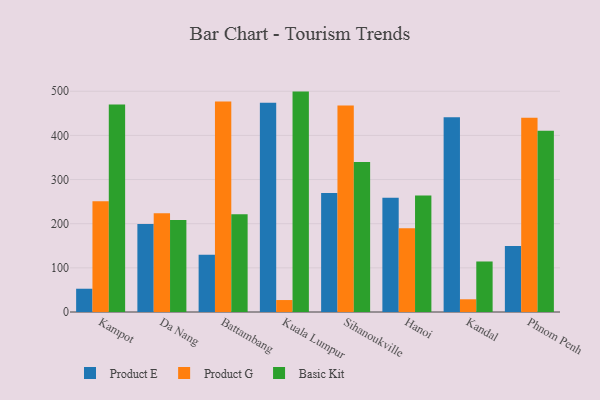
{"axis": {"x": "City", "y": "Customer Acquisition Cost (USD)"}, "legend": ["Basic Kit", "Product E", "Product G"], "data": [{"x": "Kampot", "y": 52.7, "type": "Product E"}, {"x": "Kampot", "y": 250.8, "type": "Product G"}, {"x": "Kampot", "y": 470.1, "type": "Basic Kit"}, {"x": "Da Nang", "y": 199.6, "type": "Product E"}, {"x": "Da Nang", "y": 223.8, "type": "Product G"}, {"x": "Da Nang", "y": 208.2, "type": "Basic Kit"}, {"x": "Battambang", "y": 129.7, "type": "Product E"}, {"x": "Battambang", "y": 476.6, "type": "Product G"}, {"x": "Battambang", "y": 221.4, "type": "Basic Kit"}, {"x": "Kuala Lumpur", "y": 473.7, "type": "Product E"}, {"x": "Kuala Lumpur", "y": 27.1, "type": "Product G"}, {"x": "Kuala Lumpur", "y": 499.2, "type": "Basic Kit"}, {"x": "Sihanoukville", "y": 269.3, "type": "Product E"}, {"x": "Sihanoukville", "y": 467.8, "type": "Product G"}, {"x": "Sihanoukville", "y": 339.7, "type": "Basic Kit"}, {"x": "Hanoi", "y": 258.5, "type": "Product E"}, {"x": "Hanoi", "y": 189.7, "type": "Product G"}, {"x": "Hanoi", "y": 263.9, "type": "Basic Kit"}, {"x": "Kandal", "y": 440.9, "type": "Product E"}, {"x": "Kandal", "y": 28.8, "type": "Product G"}, {"x": "Kandal", "y": 114.4, "type": "Basic Kit"}, {"x": "Phnom Penh", "y": 149.4, "type": "Product E"}, {"x": "Phnom Penh", "y": 439.8, "type": "Product G"}, {"x": "Phnom Penh", "y": 410.6, "type": "Basic Kit"}]}